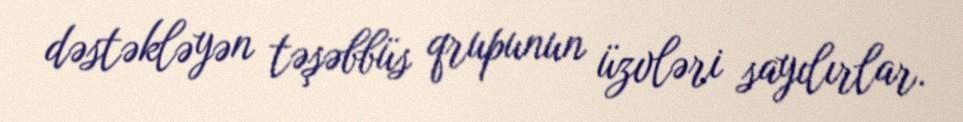
dəstəkləyən təşəbbüs qrupunun üzvləri sayılırlar.